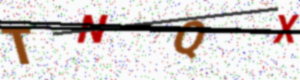
Text: TNQX